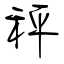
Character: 秤